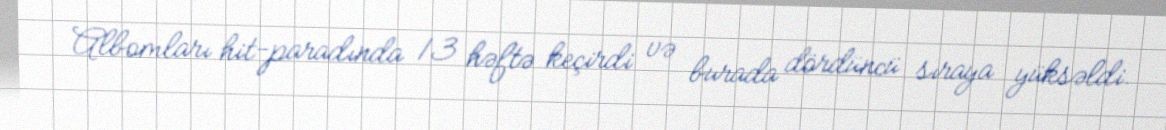
Albomları hit-paradında 13 həftə keçirdi və burada dördüncü sıraya yüksəldi.